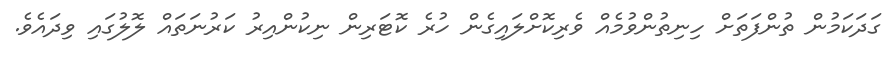
ގަދަކަމުން ތުންފަތަށް ހިނިތުންވުމެއް ވެރިކޮށްލައިގެން ހުރެ ކޮޓަރިން ނިކުންއިރު ކަރުނަތައް ލޮލުގައި ވިދައެވެ.